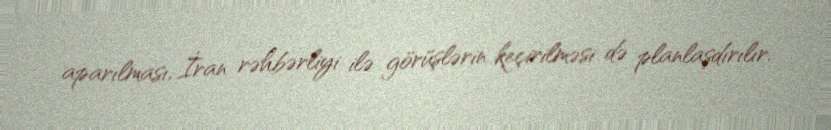
aparılması, İran rəhbərliyi ilə görüşlərin keçirilməsi də planlaşdırılır.